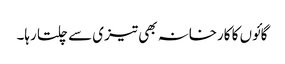
گائوں کا کارخانہ بھی تیزی سے چلتا رہا۔